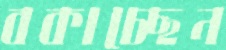
বকাচ্ছেন